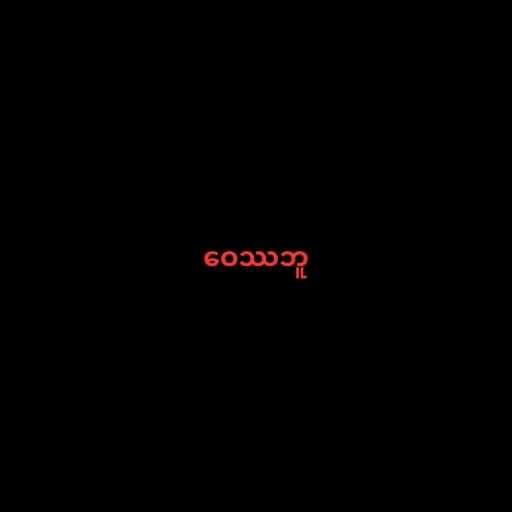
ဝေဿဘူ